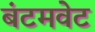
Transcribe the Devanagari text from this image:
बंटमवेट